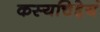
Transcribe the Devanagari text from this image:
कस्यचिद्देयं